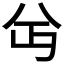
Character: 𫤫